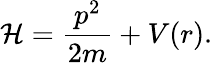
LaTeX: \mathcal{H}=\frac{p^{2}}{2m}+V(r).